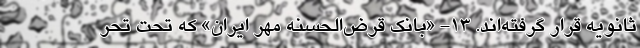
ثانویه قرار گرفته‌اند. 13- «بانک قرض‌الحسنه مهر ایران» که تحت تحر